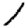
Digit: 1